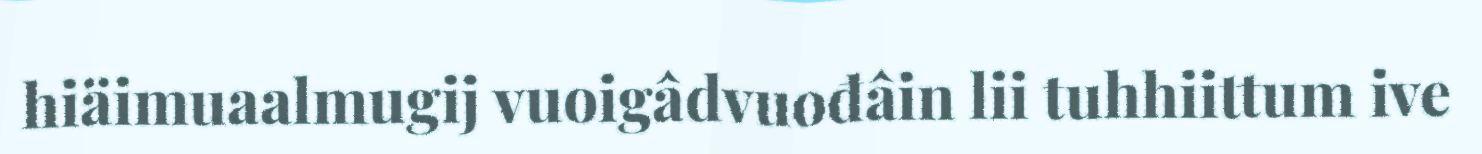
hiäimuaalmugij vuoigâdvuođâin lii tuhhiittum ive